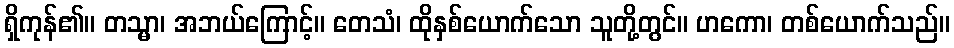
ရှိကုန်၏။ တသ္မာ၊ အဘယ်ကြောင့်။ တေသံ၊ ထိုနှစ်ယောက်သော သူတို့တွင်။ ဟကော၊ တစ်ယောက်သည်။